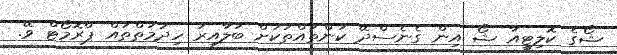
ޝޯގެ ކޮލިޓީއާ ޝޯ އިން ގެނެސްދޭ ކަންތައްތަކަށް ބަލާއިރު ހިދުމަތްތައް ޕްރޮމޯޓް ވޭ.